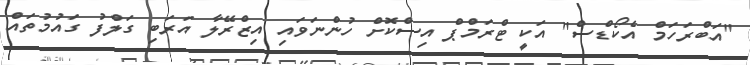
"އަބްރަހަމް އެކޯޑްސް" އަކީ ޓްރަމްޕް އިސްކޮށް ހުންނަވައި އިޒްރޭލާ އަރަބި ގަލްފު ގައުމުތައް